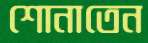
শোনাতেন